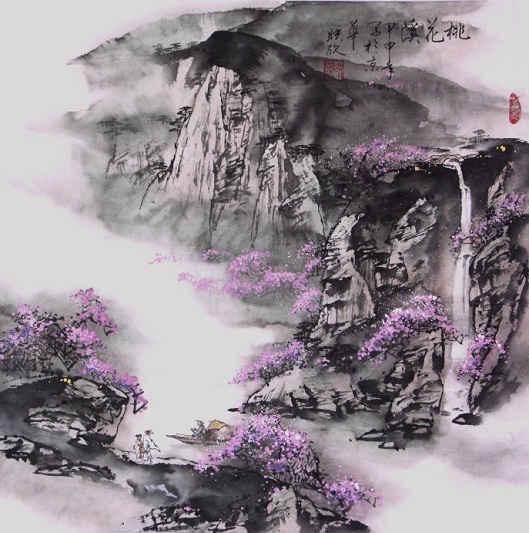
隐隐飞桥隔野烟，石矶西畔问渔船。